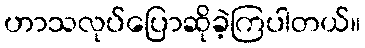
ဟာသလုပ်ပြောဆိုခဲ့ကြပါတယ်။